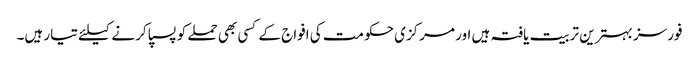
فورسز بہترین تربیت یافتہ ہیں اور مرکزی حکومت کی افواج کے کسی بھی حملے کو پسپا کرنے کیلئے تیار ہیں۔